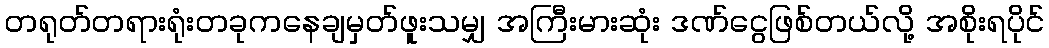
တရုတ်တရားရုံးတခုကနေချမှတ်ဖူးသမျှ အကြီးမားဆုံး ဒဏ်ငွေဖြစ်တယ်လို့ အစိုးရပိုင်